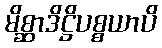
မိစ္ဆာဒိဋ္ဌိပစ္စယာပိ